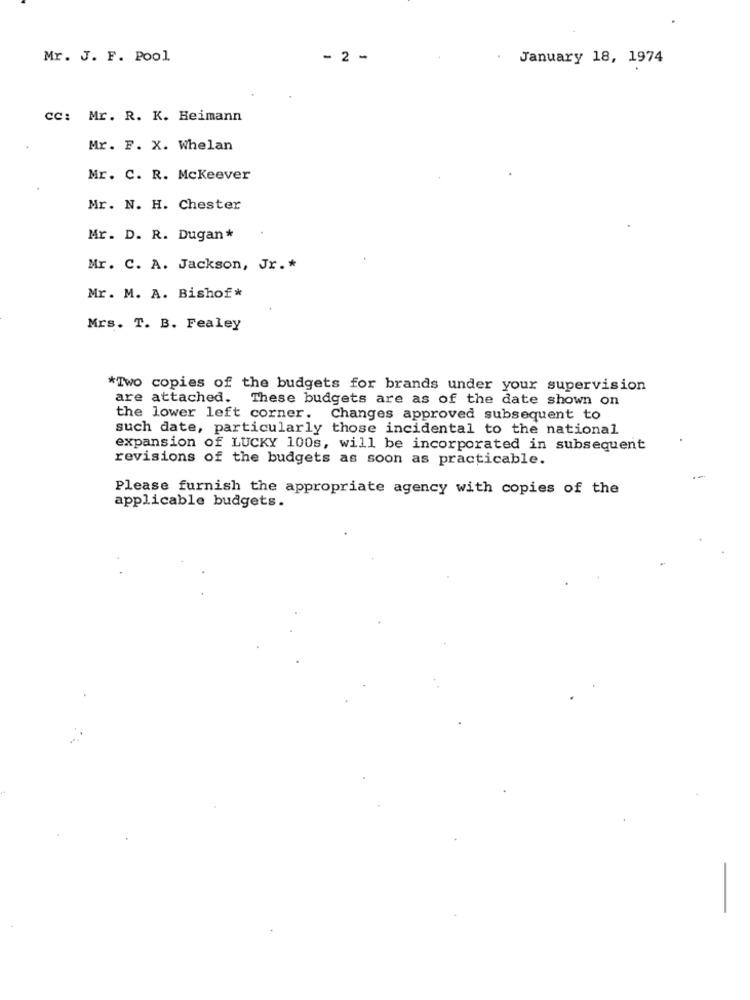
Mr. J. F. Pool
- 2 -
January 18, 1974
CC: Mr. R. K. Heimann
Mr. F. X. Whelan
Mr. C. R. Mckeever
Mr. N. H. Chester
Mr. D. R. Dugan*
Mr. C. A. Jackson, Jr .*
Mr. M. A. Bishof*
Mrs. T. B. Fealey
*Two copies of the budgets for brands under your supervision
are attached. These budgets are as of the date shown on
the lower left corner. Changes approved subsequent to
such date, particularly those incidental to the national
expansion of LUCKY 100s, will be incorporated in subsequent
revisions of the budgets as soon as practicable.
Please furnish the appropriate agency with copies of the
applicable budgets.